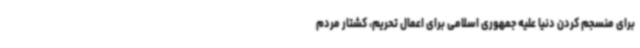
برای منسجم کردن دنیا علیه جمهوری اسلامی برای اعمال تحریم، کشتار مردم